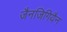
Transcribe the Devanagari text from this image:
जैनजिगियैन